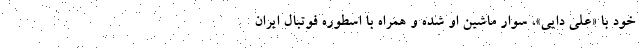
خود با «علی دایی»، سوار ماشین او شده و همراه با اسطوره فوتبال ایران